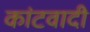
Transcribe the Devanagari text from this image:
कांटवादी